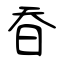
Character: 昋